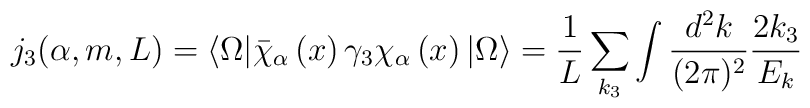
j_{3}(\alpha,m,L)=\langle \Omega|\bar{\chi}_{\alpha} \left(x\right)\gamma_{3}\chi_{\alpha}\left(x\right)|\Omega\rangle = \frac{1}{L}\sum_{k_{3}} \int\frac{d^{2}k}{(2\pi)^{2}} \frac{2 k_{3}}{E_{k}}